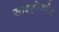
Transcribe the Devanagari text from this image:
साइड्रोफारेस